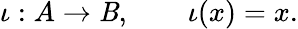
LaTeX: \iota:A\rightarrow\mathit{B},\qquad\iota(x)=x.